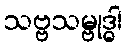
သဗ္ဗသမ္ဗုဒ္ဓါ